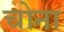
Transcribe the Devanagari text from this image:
चोना